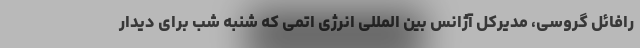
رافائل گروسی، مدیرکل آژانس بین المللی انرژی اتمی که شنبه شب برای دیدار